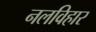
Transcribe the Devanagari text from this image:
नलविहार